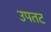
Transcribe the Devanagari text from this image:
उपतट